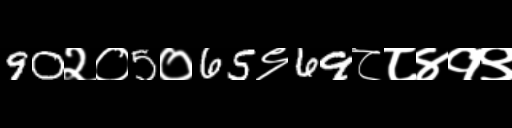
Text: 90२०5०65९69८८४१९